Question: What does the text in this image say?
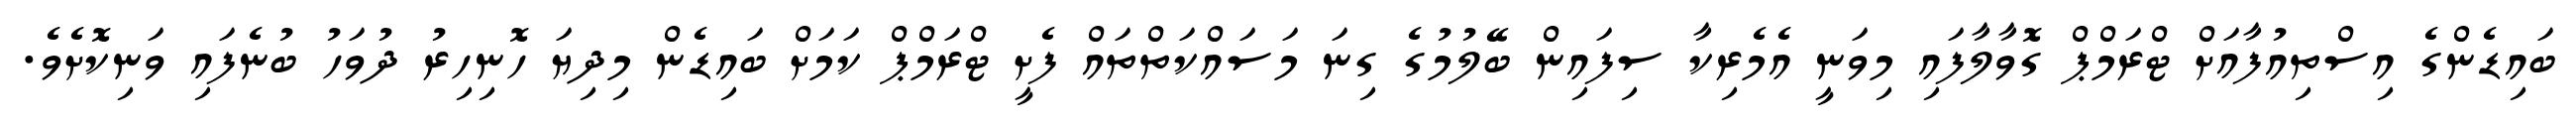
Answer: ބައިޑެންގެ އިސްތިއުފާއަށް ޓްރަމްޕް ގޮވާލާފައި މިވަނީ އެމެރިކާ ސިފައިން ބޭލުމުގެ ގިނަ މަސައްކަތްތައް ފެށީ ޓްރަމްޕް ކަމަށް ބައިޑެން މިދިޔަ ހޮނިހިރު ދުވަހު ބުނެފައި ވަނިކޮށެވެ.